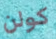
كولن